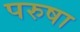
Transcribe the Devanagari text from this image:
परुषा